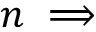
n \implies